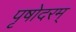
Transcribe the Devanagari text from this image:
पृषोदरम्